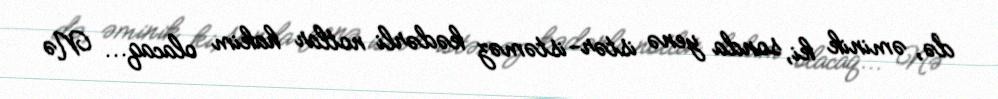
də, əminik ki, sonda yenə istər-istəməz kədərli notlar hakim olacaq... Nə